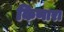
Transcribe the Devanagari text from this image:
किणारा